Report of veterinary surgeon J.H. Steel, A.V.D., on his investigation into an obscure and fatal disease among transport mules in British Burma
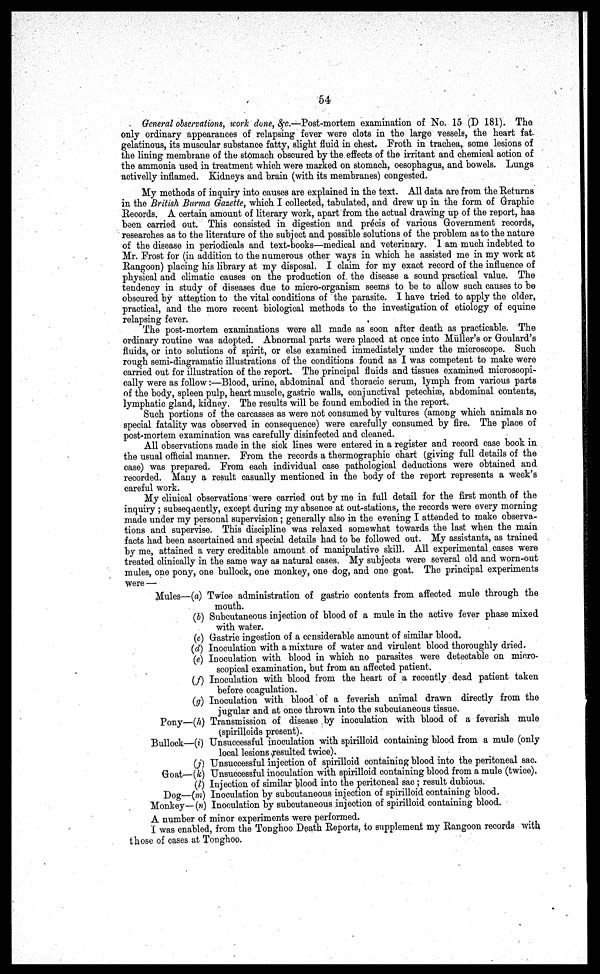
54
General observations, work done, &c.—Post-mortem examination of No. 15 (D 181). The
only ordinary appearances of relapsing fever were olots in the large vessels, the heart fat.
gelatinous, its muscular substance fatty, slight fluid in chest Froth in trachea, some lesions of
the lining membrane of the stomach obscured by the effects of the irritant and chemical action of
the ammonia used in treatment which were marked on stomach, oesophagus, and bowels. Lungs
activelly inflamed. Kidneys and brain (with its membranes) congested.
My methods of inquiry into causes are explained in the text. All data are from the Returns
in the British Burma Gazette, which I collected, tabulated, and drew up in the form of Graphic
Records. A certain amount of literary work, apart from the actual drawing up of the report, has
been carried out. This consisted in digestion and precis of various Government records,
researches as to the literature of the subject and possible solutions of the problem as to the nature
of the disease in periodicals and text-books—medical and veterinary. 1 am much indebted to
Mr. Frost for (in addition to the numerous other ways in which he assisted me in my work at
Rangoon) placing his library at my disposal. I claim for my exact record of the influence of
physical and climatic causes on the production of the disease a sound practical value. The
tendency in study of diseases due to micro-organism seems to be to allow such causes to be
obscured by attention to the vital conditions of " the parasite. I have tried to apply the older,
practical, and the more recent biological methods to the investigation of etiology of equine
relapsing fever.
The post-mortem examinations were all made as soon after death as practicable. The
ordinary routine was adopted. Abnormal parts were placed at once into Muller's or Goulard's
fluids, or into solutions of spirit, or else examined immediately under the microscope. Such
rough semi-diagramatic illustrations of the conditions found as I was competent to make were
carried out for illustration of the report. The principal fluids and tissues examined microscopi-
cally were as follow:—Blood, urine, abdominal and thoracic serum, lymph from various parts
of the body, spleen pulp, heart muscle, gastric walls, conjunctival petechise, abdominal contents,
lymphatic gland, kidney. The results will be found embodied in the report.
Such portions of the carcasses as were not consumed by vultures (among which animals no
special fatality was observed in consequence) were carefully consumed by fire. The place of
post-mortem examination was carefully disinfected and cleaned.
All observations made in the sick lines were entered in a register and record case book in
the usual official manner. From the records a thermographic chart (giving full details of the
case) was prepared. From each individual case pathological deductions were obtained and
recorded. Many a result casually mentioned in the body of the report represents a week's
careful work.
My clinical observations were carried out by me in full detail for the first month of the
inquiry ; subsequently, except during my absence at out-stations, the records were every morning
made under my personal supervision; generally also in the evening I attended to make observa-
tions and supervise. This discipline was relaxed somewhat towards the last when the main
facts had been ascertained and special details had to be followed out. My assistants, as trained
by me, attained a very creditable amount of manipulative skill. All experimental cases were
treated clinically in the same way as natural cases. My subjects were several old and worn-out
mules, one pony, one bullock, one monkey, one dog, and one goat. The principal experiments
were —
Mules—(a) Twice administration of gastric contents from affected mule through the
mouth.
(b) Subcutaneous injection of blood of a mule in the active fever phase mixed
with water.
(c) Gastric ingestion of a considerable amount of similar blood.
(d) Inoculation with a mixture of water and virulent blood thoroughly dried.
(e) Inoculation with blood in which no parasites were detectable on micro-
scopical examination, but from an affected patient.
(f) Inoculation with blood from the heart of a recently dead patient taken
before coagulation.
(g) Inoculation with blood of a feverish animal drawn directly from the
jugular and at once thrown into the subcutaneous tissue.
Pony—(h) Transmission of disease by inoculation with blood of a feverish mule
(spirilloids present).
Bullock—(i) Unsuccessful inoculation with spirilloid containing blood from a mule (only
local lesions resulted twice).
(j) Unsuccessful injection of spirilloid containing blood into the peritoneal sac.
Goat—(k) Unsuccessful inoculation with spirilloid containing blood from a mule (twice).
(l) Injection of similar blood into the peritoneal sac ; result dubious.
Dog—(m) Inoculation by subcutaneous injection of spirilloid containing blood.
Monkey—(n) Inoculation by subcutaneous injection of spirilloid containing blood.
A number of minor experiments were performed.
I was enabled, from the Tonghoo Death Reports, to supplement my Rangoon records with
those of cases at Tonghoo.